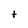
Character: t